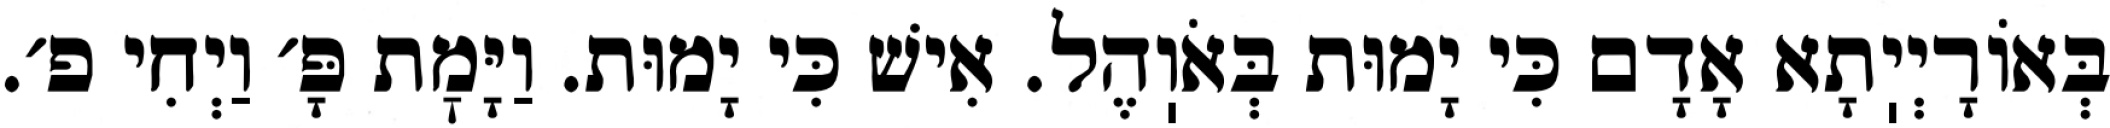
בְּאוֹרָיְיֽתָא אָדָם כִּי יָמוּת בְּאֹוֽהֶל. אִישׁ כִּי יָמוּת. וַיָּמׇת פָּ׳ וַיְחִי פ׳.